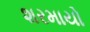
શરમાયો